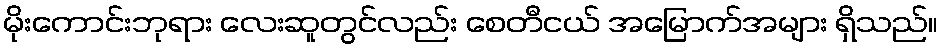
မိုးကောင်းဘုရား လေးဆူတွင်လည်း စေတီငယ် အမြောက်အများ ရှိသည်။